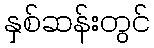
နှစ်ဆန်းတွင်